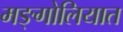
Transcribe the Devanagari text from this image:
मङ्गोलियात